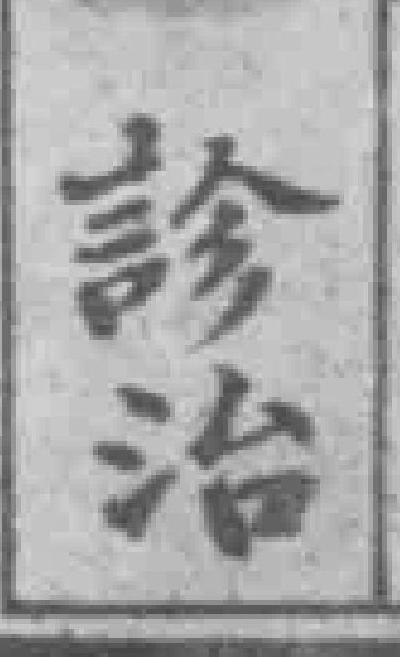
診治